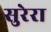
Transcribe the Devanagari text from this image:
सुरेरा